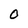
Character: O